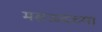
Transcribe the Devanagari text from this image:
मसऊदच्या